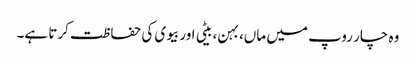
وہ چار روپ میں ماں، بہن، بیٹی اور بیوی کی حفاظت کرتا ہے۔